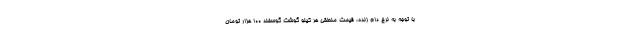
با توجه به نرخ دام زنده، قیمت منطقی هر کیلو گوشت گوسفند ۱۰۰ هزار تومان